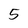
Character: 5